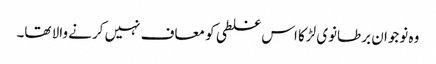
وہ نوجوان برطانوی لڑکا اس غلطی کو معاف نہیں کرنے والا تھا۔